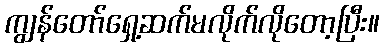
ကျွန်တော်ရှေ့ဆက်မလိုက်လိုတော့ပြီး။